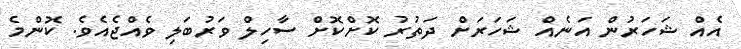
އެއް ޝަހަރުން އަނެއް ޝަހަރަށް ދަތުރު ކޮށްކޮށް ސާހިލް ވަރުބަލި ވެއްޖެއެވެ. ކޮންމެ